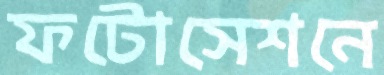
ফটোসেশনে